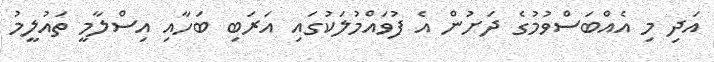
އަދި މި އެއްބަސްވުމުގެ ދަށުން އެ ފުވައްމުލަކުގައި އަރަބި ބަހާއި އިސްލާމީ ތައުލީމު